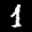
Label: 1